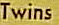
Twins